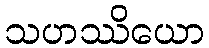
သဟဿိယော